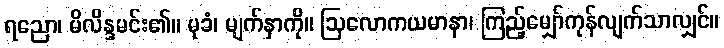
ရညော၊ မိလိန္ဒမင်း၏။ မုခံ၊ မျက်နှာကို။ ဩလောကယမာနာ၊ ကြည့်မျှော်ကုန်လျက်သာလျှင်။